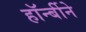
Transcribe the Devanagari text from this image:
हॉर्न्बीने